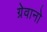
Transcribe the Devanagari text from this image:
ग्रेवानो